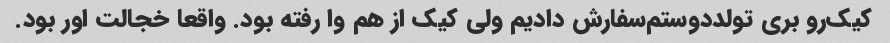
کیک‌رو بری تولددوستم‌سفارش دادیم ولی کیک از هم وا رفته بود. واقعا خجالت اور بود.